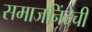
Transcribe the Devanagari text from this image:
समाजनिंदेची